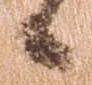
候